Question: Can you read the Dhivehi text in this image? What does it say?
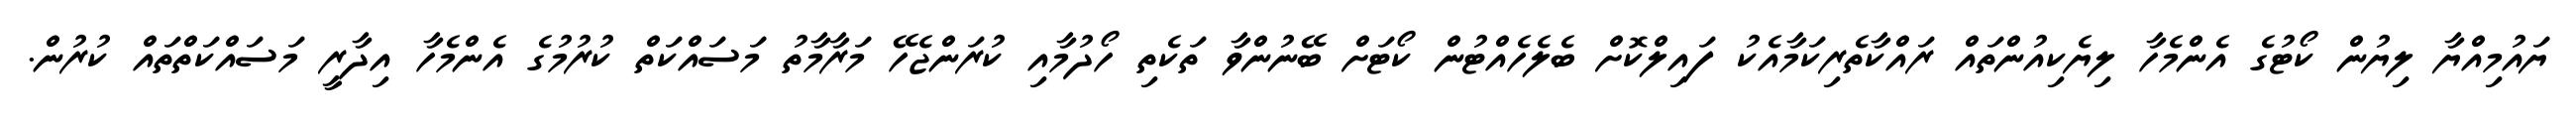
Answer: ޔައުމިއްޔާ ލިޔުން ކޯޓުގެ އެންމެހާ ލިޔެކިއުންތައް ރައްކާތެރިކަމާއެކު ފައިލްކޮށް ބެލެހެއްޓުން ކޯޓަށް ބޭނުންވާ ތަކެތި ހޯދުމާއި ކުރަންޖެހޭ މަރާމާތު މަސައްކަތް ކުރުމުގެ އެންމެހާ އިދާރީ މަސައްކަތްތައް ކުރުން.